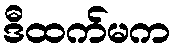
ဒီထက်မက